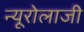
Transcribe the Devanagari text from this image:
न्यूरोलाजी